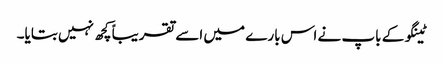
ٹینگو کے باپ نے اس بارے میں اسے تقریباً کچھ نہیں بتایا۔